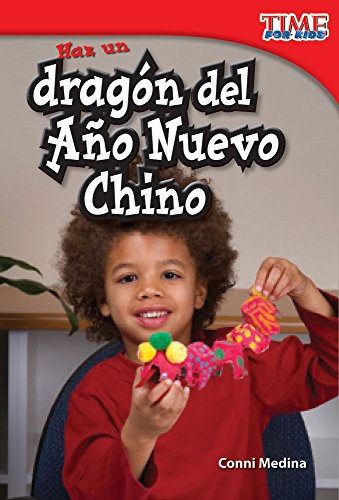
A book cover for Haz un dragÃ³n del AÃ±o Nuevo Chino (Make a Chinese New Year Dragon) (Time for Kids Nonfiction Readers) (Spanish Edition); Conni Medina; Children's Books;